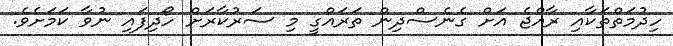
ހިދުމަތްތަކާއި ރާއްޖެ އަށް ގެނެސްދިން ތަރައްގީ މި ސަރުކާރަށް ހޯދިފައި ނުވާ ކަމަށެވެ.